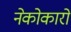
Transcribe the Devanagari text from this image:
नेकोकारों